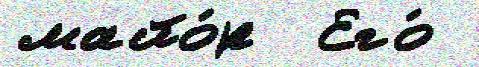
майо́р  Его́